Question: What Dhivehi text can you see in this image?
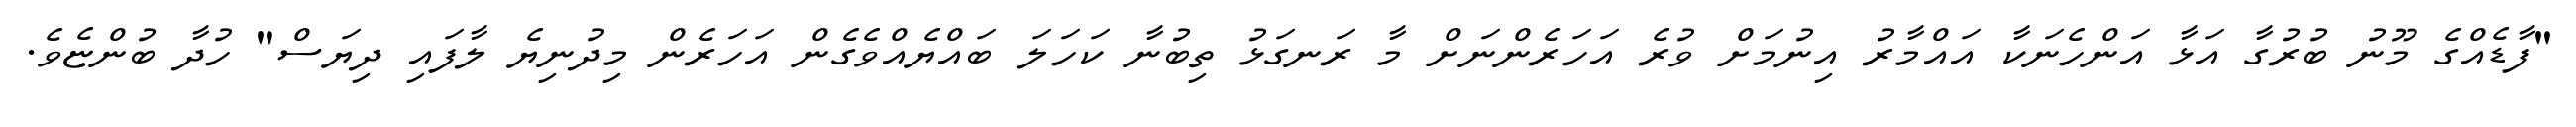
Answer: "ފާޑެއްގެ މޫނު ބުރުގާ އަޅާ އަންހެނަކާ އައްމާރު އިނުމަށް ވުރެ އަހަރެންނަށް މާ ރަނގަޅު ތިބުނާ ކަހަލަ ބައްޔެއްވެގެން އަހަރެން މިދުނިޔެ ލާފައި ދިޔަސް" ހުދާ ބުންޏެވެ.